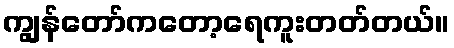
ကျွန်တော်ကတော့ရေကူးတတ်တယ်။